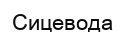
Сицевода